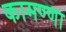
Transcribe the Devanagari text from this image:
कामण्णा